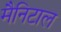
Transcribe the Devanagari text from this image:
मैनिटाल